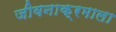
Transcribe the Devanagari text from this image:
जीवनाक्रमाला